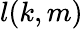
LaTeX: l(k,m)